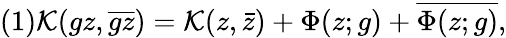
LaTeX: (1)\mathcal{K}(gz,\overline{{{{gz}}}})=\mathcal{K}(z,\bar{{z}})+\Phi(z;g)+\overline{{{{\Phi(z;g)}}}},